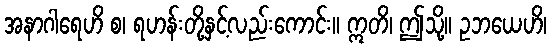
အနာဂါရေဟိ စ၊ ရဟန်းတို့နှင့်လည်းကောင်း။ ဣတိ၊ ဤသို့။ ဥဘယေဟိ၊